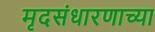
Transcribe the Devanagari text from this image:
मृदसंधारणाच्या